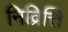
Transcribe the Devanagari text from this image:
निव्रित्ति